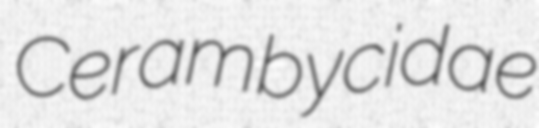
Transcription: Cerambycidae